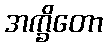
အက္ခိတော